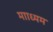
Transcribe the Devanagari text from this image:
मााध्यम